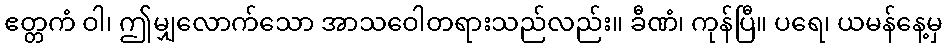
ဧတ္တကံ ဝါ၊ ဤမျှလောက်သော အာသဝေါတရားသည်လည်း။ ခီဏံ၊ ကုန်ပြီ။ ပရေ၊ ယမန်နေ့မှ